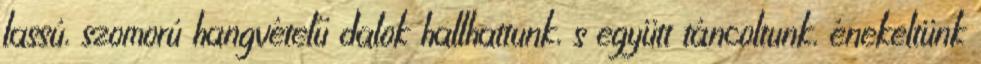
lassú, szomorú hangvételű dalok hallhattunk, s együtt táncoltunk, énekeltünk